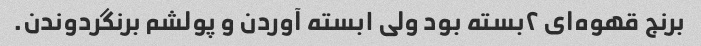
برنج قهوه‌ای ۲بسته بود ولی ۱بسته آوردن و پولشم برنگردوندن.